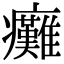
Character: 癱